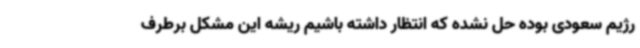
رژیم سعودی بوده حل نشده که انتظار داشته باشیم ریشه این مشکل برطرف